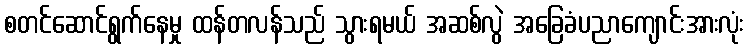
စတင်ဆောင်ရွက်နေမှု ထန်တလန်သည် သွားရမယ် အဆစ်လွဲ အခြေခံပညာကျောင်းအားလုံး